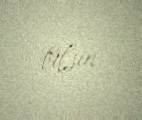
bilsin.